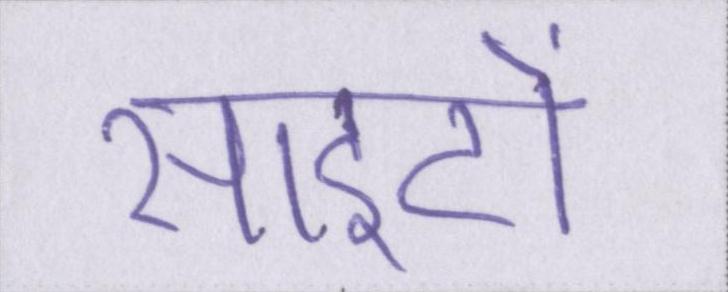
साइटों